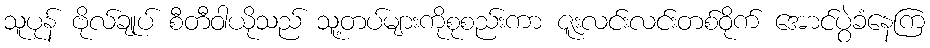
သူပုန် ဗိုလ်ချုပ် စီတီဝါယိုသည် သူ့တပ်များကိုစုစည်းကာ ဇူးလင်းလင်းတစ်ဝိုက် အောင်ပွဲခံနေကြ